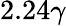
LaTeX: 2.24\gamma